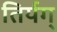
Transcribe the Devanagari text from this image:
तिर्यग्